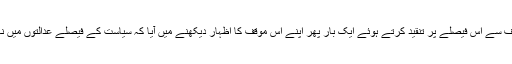
حکمران جماعت کے راہنماؤں کی طرف سے اس فیصلے پر تنقید کرتے ہوئے ایک بار پھر اپنے اس موقف کا اظہار دیکھنے میں آیا کہ سیاست کے فیصلے عدالتوں میں نہیں بلکہ عوام کے ووٹ سے ہوتے ہیں۔